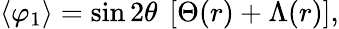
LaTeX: \langle\varphi_{1}\rangle=\sin 2\theta~\left[\Theta(r)+\Lambda(r)\right],